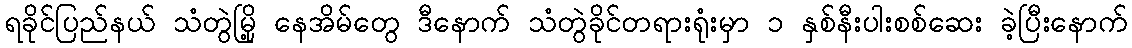
ရခိုင်ပြည်နယ် သံတွဲမြို့ နေအိမ်တွေ ဒီနောက် သံတွဲခိုင်တရားရုံးမှာ ၁ နှစ်နီးပါးစစ်ဆေး ခဲ့ပြီးနောက်